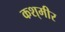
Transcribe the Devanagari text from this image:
कश्‌मीर